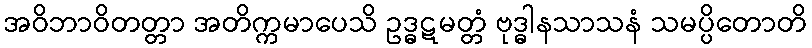
အဝိဘာဝိတတ္တာ အတိက္ကမာပေသိ ဥဒ္ဓဋမတ္တံ ဗုဒ္ဓါနသာသနံ သမပ္ပိတောတိ